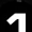
Digit: 1